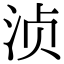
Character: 浈